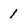
Character: 1